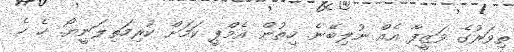
ތިވަރުގެ ވަޒީފާ އެއް ނުލިބޭނެ. ހިތުން އެމްޕީ ކަމަށް ކުރިމަތިލަނީޔޯ. ހެ ހެ